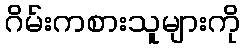
ဂိမ်းကစားသူများကို